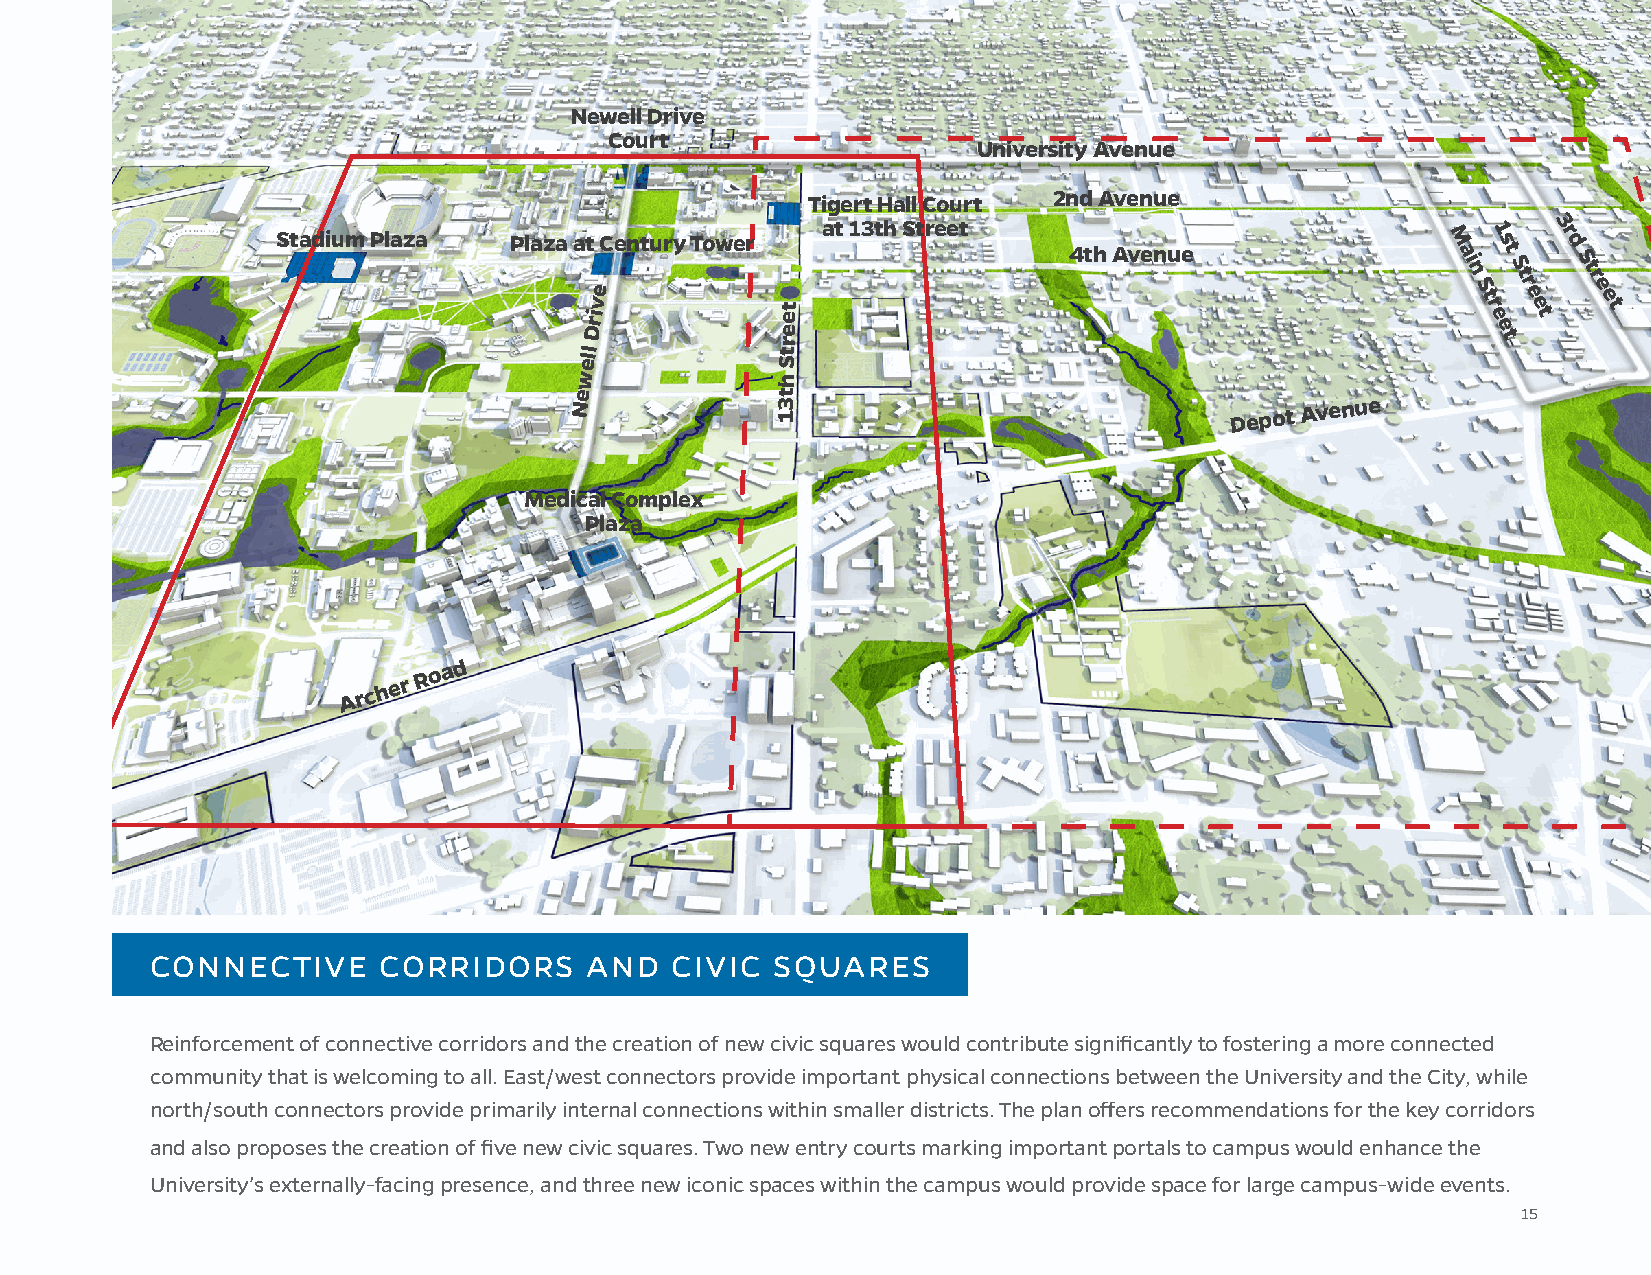
Newell Drive
 Court
 University Avenue
 2nd Avenue
 Tigert Hall Court
 at 13th Street                                   3
 Stadium Plaza   Plaza at Century Tower               4th Avenue               M ai n 1 s t S t r d S t r
 e                                                         S  r    e
 v                                                          t  e    e
 ri          et                                             r e e t t
 D           e                                               e
 ell
 Str                                             t
 w            h
 Ne           13t
 Depot
 Avenue
 Medical Complex
 Plaza
 A r c h e r R o a d
 CONNECTIVE     CORRIDORS     AND  CIVIC  SQUARES
 Reinforcement of connective corridors and the creation of new civic squares would contribute significantly to fostering a more connected
 community that is welcoming to all. East/west connectors provide important physical connections between the University and the City, while
 north/south connectors provide primarily internal connections within smaller districts. The plan offers recommendations for the key corridors
 and also proposes the creation of five new civic squares. Two new entry courts marking important portals to campus would enhance the
 University’s externally-facing presence, and three new iconic spaces within the campus would provide space for large campus-wide events.
 15